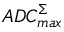
A D C _ { m a x } ^ { \Sigma }